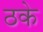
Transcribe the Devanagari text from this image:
ठके